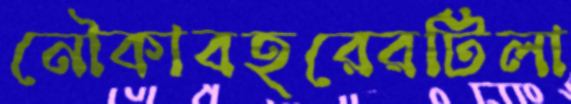
নৌকাবহরেরটিলা